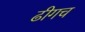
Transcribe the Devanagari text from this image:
ढीगच